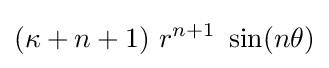
(\kappa +n+1)~r^{n+1}~\sin(n\theta )